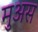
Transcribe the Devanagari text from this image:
मुअस